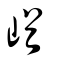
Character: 崷